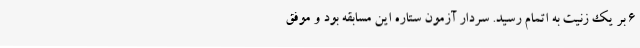
۶ بر یک زنیت به اتمام رسید. سردار آزمون ستاره این مسابقه بود و موفق